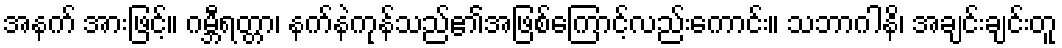
အနက် အားဖြင့်။ ဂမ္ဘီရတ္တာ၊ နက်နဲကုန်သည်၏အဖြစ်ကြောင့်လည်းကောင်း။ သဘာဂါနိ၊ အချင်းချင်းတူ